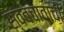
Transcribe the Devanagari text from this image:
स्वबचावाची